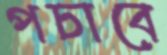
পচাবে